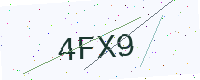
Text: 4FX9